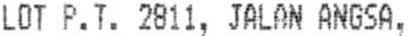
LOT P.T. 2811, JALAN ANGSA,